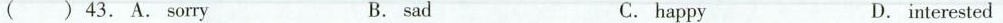
43. A. Sorry B. sad C. happy D.interested ( )